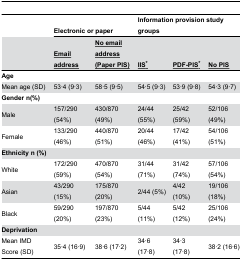
|  | <COLSPAN=2> Electronic or paper | <COLSPAN=3> Information provision study groups |
 |  | <underline>Email address</underline> | <underline>No email address (Paper PIS)</underline> | <underline>IIS*</underline> | <underline>PDF-PIS*</underline> | <underline>No PIS</underline> |
 | --- | --- | --- | --- | --- | --- |
 | Age |  |  |  |  |  |
 | Mean age (SD) | 53·4 (9·3) | 58·5 (9·5) | 54·5 (9·3) | 53·9 (9·8) | 54·3 (9·7) |
 | Gender n(%) |  |  |  |  |  |
 | Male | 157/290 (54%) | 430/870 (49%) | 24/44 (55%) | 25/42 (59%) | 52/106 (49%) |
 | Female | 133/290 (46%) | 440/870 (51%) | 20/44 (46%) | 17/42 (41%) | 54/106 (51%) |
 | Ethnicity n (%) |  |  |  |  |  |
 | White | 172/290 (59%) | 470/870 (54%) | 31/44 (71%) | 31/42 (74%) | 57/106 (54%) |
 | Asian | 43/290 (15%) | 175/870 (20%) | 2/44 (5%) | 4/42 (10%) | 19/106 (18%) |
 | Black | 59/290 (20%) | 197/870 (23%) | 5/44 (11%) | 5/42 (12%) | 25/106 (24%) |
 | Deprivation |  |  |  |  |  |
 | Mean IMD Score (SD) | 35·4 (16·9) | 38·6 (17·2) | 34·6 (17·8) | 34·3 (17·8) | 38·2 (16·6) |